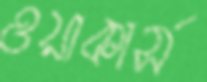
ওয়াকার্স